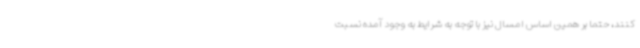
کنند، حتما بر همین اساس امسال نیز با توجه به شرایط به وجود آمده نسبت